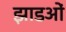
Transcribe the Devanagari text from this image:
झाडओं